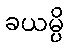
ခယမ္ပိ